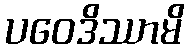
ပဝေဒိဿာမိ